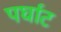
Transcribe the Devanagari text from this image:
पर्घाट